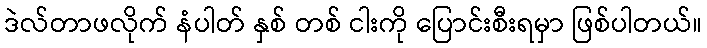
ဒဲလ်တာဖလိုက် နံပါတ် နှစ် တစ် ငါးကို ပြောင်းစီးရမှာ ဖြစ်ပါတယ်။